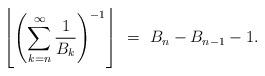
LaTeX: \begin{align*}\left\lfloor\left(\sum_{k = n}^{\infty} \frac{1}{B_{k}}\right)^{-1}\right\rfloor \ = \ B_n-B_{n-1}-1.\end{align*}